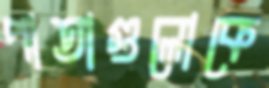
পাতাগুলোকে